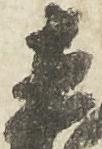
直